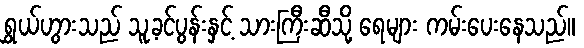
ရွှယ်ဟွားသည် သူ့ခင်ပွန်းနှင့် သားကြီးဆီသို့ ရေများ ကမ်းပေးနေသည်။